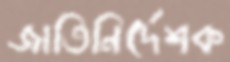
জাতিনির্দেশক